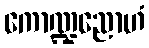
ကောဏ္ဍညောဟံ